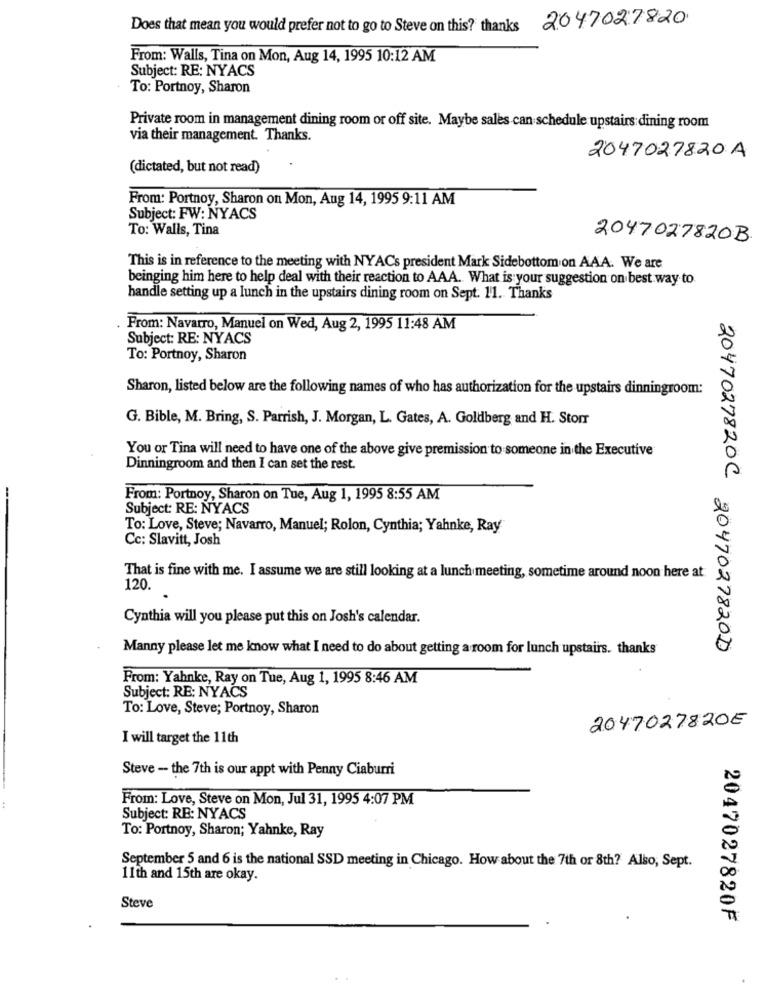
Does that mean you would prefer not to go to Steve on this? thanks 2047027820
From: Walls, Tina on Mon, Aug 14, 1995 10:12 AM
Subject: RE: NYACS
To: Portnoy, Sharon
Private room in management dining room or off site. Maybe sales can schedule upstairs dining room
via their management. Thanks.
2047027820A
(dictated, but not read)
From: Portnoy, Sharon on Mon, Aug 14, 1995 9:11 AM
Subject: FW: NYACS
To: Walls, Tina
2047027820B.
This is in reference to the meeting with NYACs president Mark Sidebottom on AAA. We are
beinging him here to help deal with their reaction to AAA. What is your suggestion on best way to
handle setting up a lunch in the upstairs dining room on Sept. 11. Thanks
From: Navarro, Manuel on Wed, Aug 2, 1995 11:48 AM
Subject: RE: NYACS
To: Portnoy, Sharon
Sharon, listed below are the following names of who has authorization for the upstairs dinningroom:
G. Bible, M. Bring, S. Parrish, J. Morgan, L. Gates, A. Goldberg and H. Storr
You or Tina will need to have one of the above give premission to someone in the Executive
Dinningroom and then I can set the rest.
--
From: Portnoy, Sharon on Tue, Aug 1, 1995 8:55 AM
Subject: RE: NYACS
To: Love, Steve; Navarro, Manuel; Rolon, Cynthia; Yahnke, Ray
Cc: Slavitt, Josh
That is fine with me. I assume we are still looking at a lunch meeting, sometime around noon here at
120.
Cynthia will you please put this on Josh's calendar.
Manny please let me know what I need to do about getting a room for lunch upstairs. thanks
2047027820C 2047027820D
From: Yahnke, Ray on Tue, Aug 1, 1995 8:46 AM
Subject: RE: NYACS
To: Love, Steve; Portnoy, Sharon
2047027820E
I will target the 11th
Steve - the 7th is our appt with Penny Ciaburri
From: Love, Steve on Mon, Jul 31, 1995 4:07 PM
Subject: RE: NYACS
To: Portnoy, Sharon; Yahnke, Ray
September 5 and 6 is the national SSD meeting in Chicago. How about the 7th or 8th? Also, Sept.
11th and 15th are okay.
Steve
2047027820F